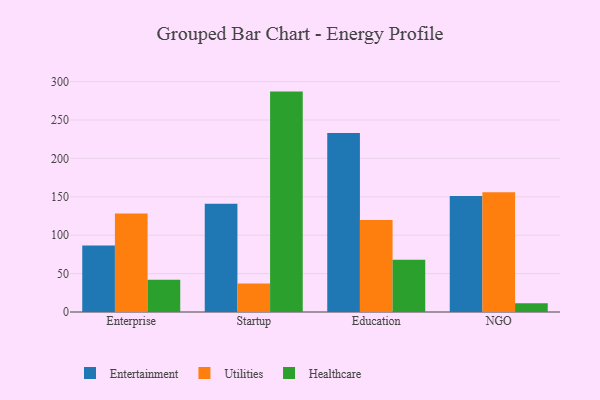
{"axis": {"x": "Segment", "y": "Active Users"}, "legend": ["Entertainment", "Healthcare", "Utilities"], "data": [{"x": "Enterprise", "y": 86.6, "type": "Entertainment"}, {"x": "Enterprise", "y": 128.4, "type": "Utilities"}, {"x": "Enterprise", "y": 41.9, "type": "Healthcare"}, {"x": "Startup", "y": 140.8, "type": "Entertainment"}, {"x": "Startup", "y": 37.2, "type": "Utilities"}, {"x": "Startup", "y": 287.0, "type": "Healthcare"}, {"x": "Education", "y": 233.0, "type": "Entertainment"}, {"x": "Education", "y": 119.7, "type": "Utilities"}, {"x": "Education", "y": 68.1, "type": "Healthcare"}, {"x": "NGO", "y": 151.2, "type": "Entertainment"}, {"x": "NGO", "y": 155.8, "type": "Utilities"}, {"x": "NGO", "y": 11.4, "type": "Healthcare"}]}